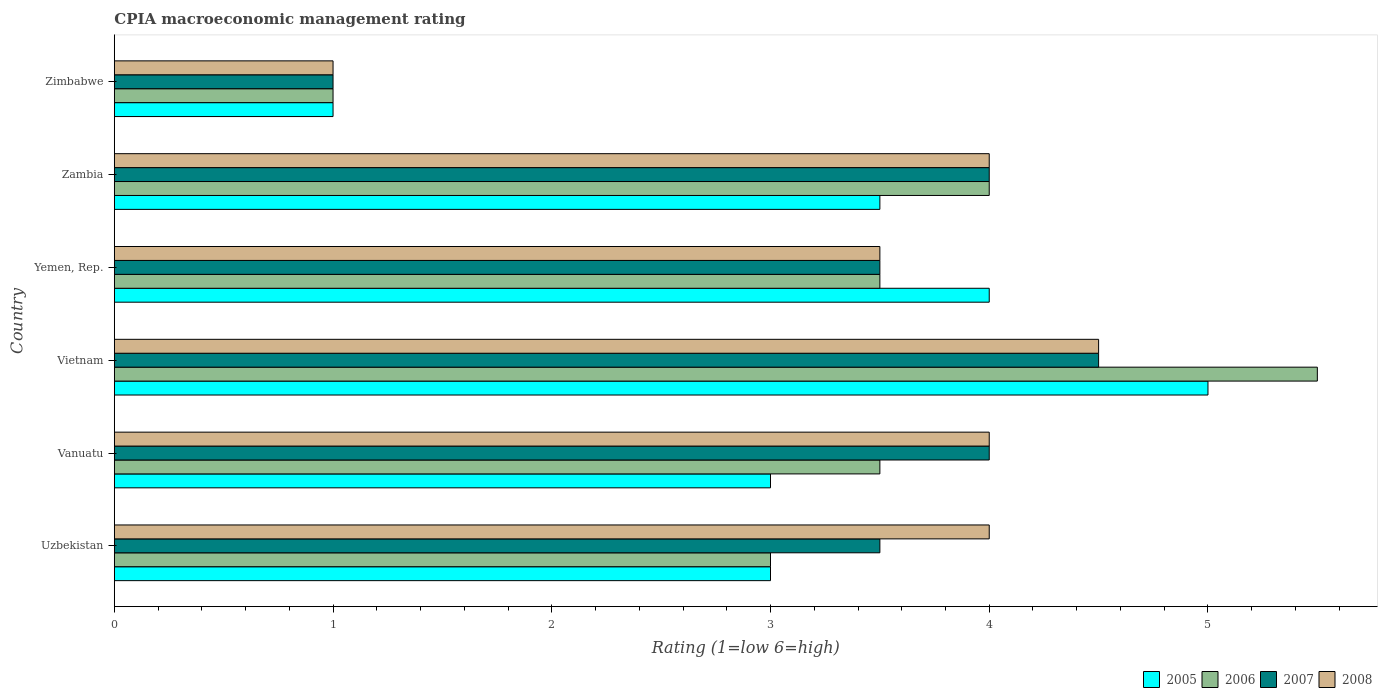
| Country | 2005 | 2006 | 2007 | 2008 |
 | --- | --- | --- | --- | --- |
 | Uzbekistan | 3 | 3 | 3.5 | 4 |
 | Vanuatu | 3 | 3.5 | 4 | 4 |
 | Vietnam | 5 | 5.5 | 4.5 | 4.5 |
 | Yemen, Rep. | 4 | 3.5 | 3.5 | 3.5 |
 | Zambia | 3.5 | 4 | 4 | 4 |
 | Zimbabwe | 1 | 1 | 1 | 1 |